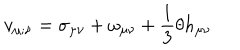
v _ { \mu ; \nu } = \sigma _ { \mu \nu } + \omega _ { \mu \nu } + \frac { 1 } { 3 } \theta h _ { \mu \nu }